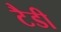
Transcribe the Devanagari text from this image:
टैडी